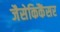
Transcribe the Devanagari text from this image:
जैसेकिकैंसर